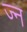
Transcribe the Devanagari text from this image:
ज्न